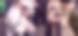
দুল